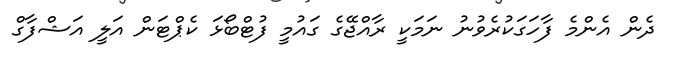
ދެން އެންމެ ފާހަގަކުރެވުނު ނަމަކީ ރާއްޖޭގެ ގައުމީ ފުޓްބޯޅަ ކެޕްޓަން އަލީ އަޝްފާގް